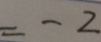
= - 2